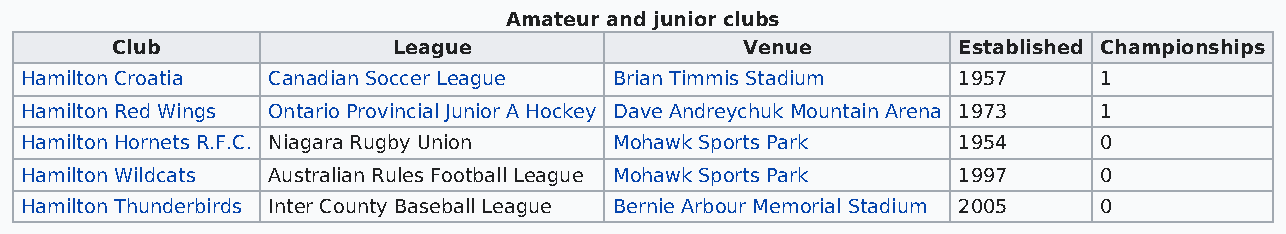
Amateur and junior clubs
 Club               League                 Venue         Established Championships
 Hamilton Croatia Canadian Soccer League Brian Timmis Stadium  1957      1
 Hamilton Red Wings Ontario Provincial Junior A Hockey Dave Andreychuk Mountain Arena 1973 1
 Hamilton Hornets R.F.C. Niagara Rugby Union Mohawk Sports Park 1954     0
 Hamilton Wildcats Australian Rules Football League Mohawk Sports Park 1997 0
 Hamilton Thunderbirds Inter County Baseball League Bernie Arbour Memorial Stadium 2005 0